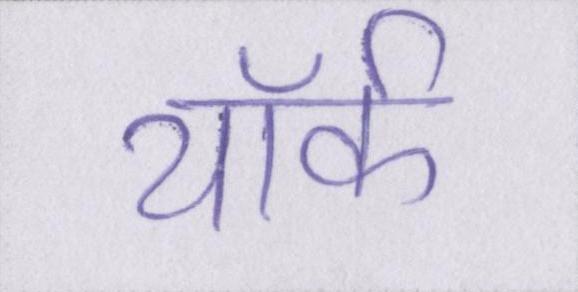
यॉर्क